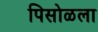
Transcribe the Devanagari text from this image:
पिसोळला